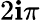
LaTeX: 2\mathbf{i}\pi